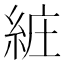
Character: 𦀐